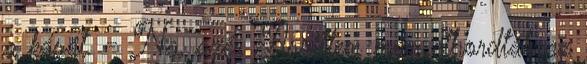
a kását. - Na, azér Aszittem már, elhordták az